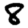
Digit: 8